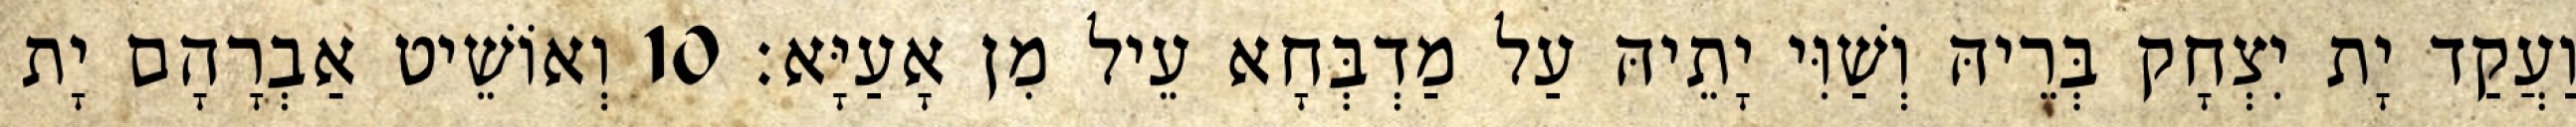
וַעֲקַד יָת יִצְחָק בְּרֵיהּ וְשַׁוִּי יָתֵיהּ עַל מַדְבְּחָא עֵיל מִן אָעַיָּא׃ 10 וְאוֹשֵׁיט אַבְרָהָם יָת